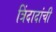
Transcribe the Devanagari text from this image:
त्रिंदादांची